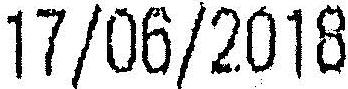
17/06/2018